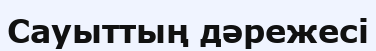
Сауыттың дәрежесі